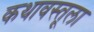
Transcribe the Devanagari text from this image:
कथावस्तूला